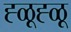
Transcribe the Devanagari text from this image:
ह्ळूह्ळू